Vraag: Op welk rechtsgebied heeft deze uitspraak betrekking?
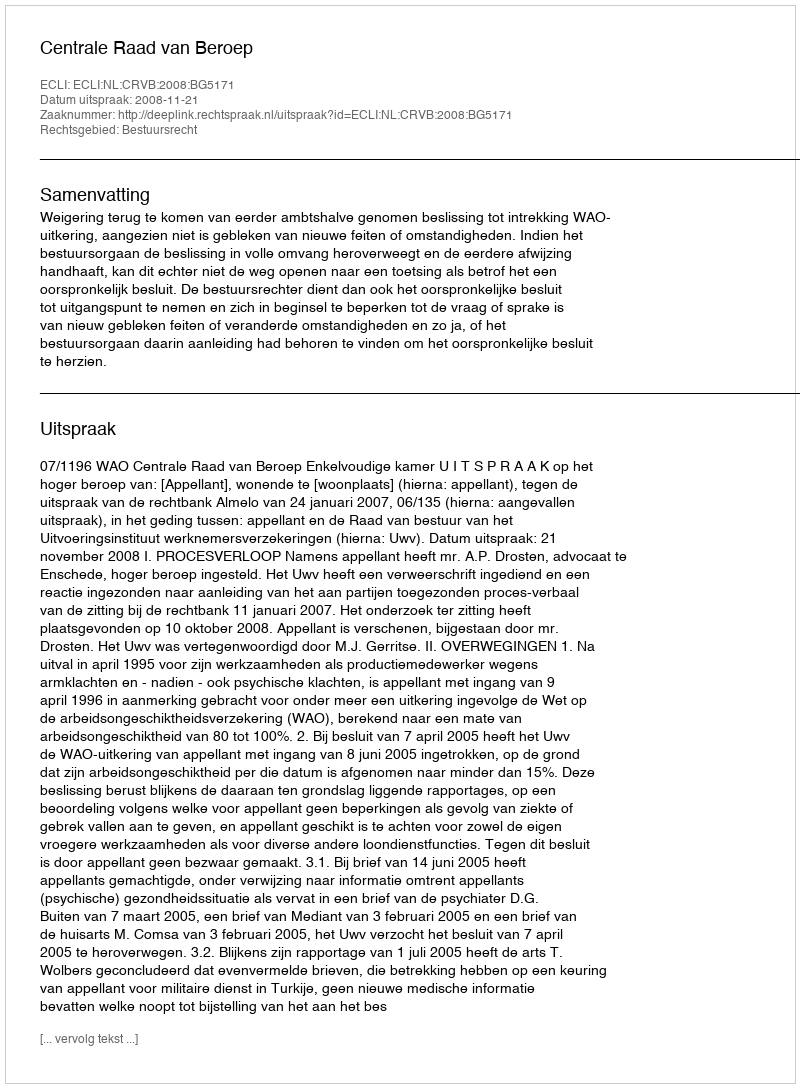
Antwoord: Bestuursrecht